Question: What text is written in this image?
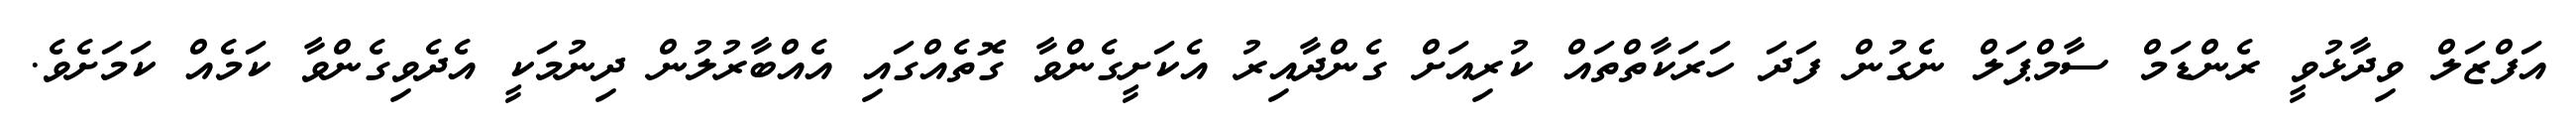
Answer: އަފްޒަލް ވިދާޅުވީ ރެންޑަމް ސާމްޕަލް ނެގުން ފަދަ ހަރަކާތްތައް ކުރިއަށް ގެންދާއިރު އެކަށީގެންވާ ގޮތެއްގައި އެއްބާރުލުން ދިނުމަކީ އެދެވިގެންވާ ކަމެއް ކަމަށެވެ.